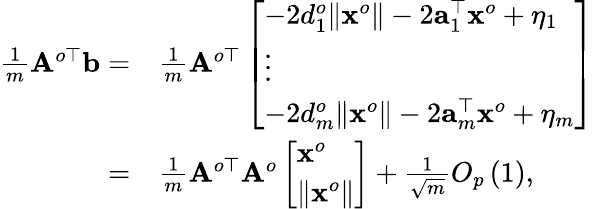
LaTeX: \begin{array}{rl}{\frac{1}{m}{\mathbf A}^{o\top}{\mathbf b}=}&{\frac{1}{m}{\mathbf A}^{o\top}\left[\begin{array}{l}{-2d_{1}^{o}\| {\mathbf x}^{o}\| -2{\mathbf a}_{1}^{\top}{\mathbf x}^{o}+\eta_{1}}\\ {\vdots}\\ {-2d_{m}^{o}\| {\mathbf x}^{o}\| -2{\mathbf a}_{m}^{\top}{\mathbf x}^{o}+\eta_{m}}\end{array}\right]}\\ {=}&{\frac{1}{m}{\mathbf A}^{o\top}{\mathbf A}^{o}\left[\begin{array}{l}{{\mathbf x}^{o}}\\ {\| {\mathbf x}^{o}\| }\end{array}\right]+\frac{1}{\sqrt{m}}O_{p}\left(1\right),}\end{array}